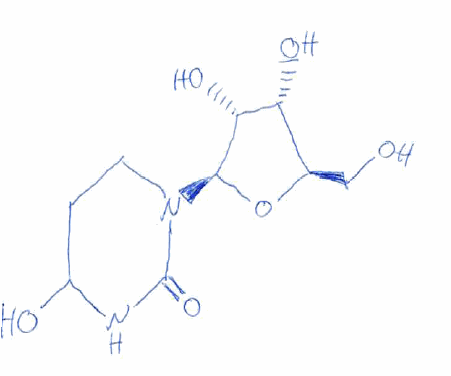
Simplified molecular-input line-entry system (SMILES) notation of the given molecule:
C1CN(C(=O)NC1O)[C@H]2[C@@H]([C@@H]([C@H](O2)CO)O)O